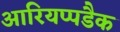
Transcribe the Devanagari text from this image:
आरियप्पडैक